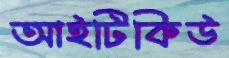
আইটিকিউ